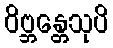
ဝိဗ္ဘန္တေသုပိ